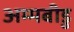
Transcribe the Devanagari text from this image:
अम्मबीडु